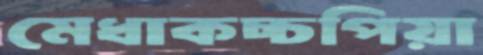
মেধাকচ্চপিয়া